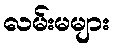
လမ်းမများ